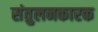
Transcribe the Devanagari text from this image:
संतुलनकारक